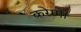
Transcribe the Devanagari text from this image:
करेग्गे।